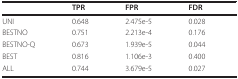
<table><thead><tr><td></td><td><b>TPR</b></td><td><b>FPR</b></td><td><b>FDR</b></td></tr></thead><tbody><tr><td>UNI</td><td>0.648</td><td>2.475e-5</td><td>0.028</td></tr><tr><td>BESTNO</td><td>0.751</td><td>2.213e-4</td><td>0.176</td></tr><tr><td>BESTNO-Q</td><td>0.673</td><td>1.939e-5</td><td>0.044</td></tr><tr><td>BEST</td><td>0.816</td><td>1.106e-3</td><td>0.400</td></tr><tr><td>ALL</td><td>0.744</td><td>3.679e-5</td><td>0.027</td></tr></tbody></table>